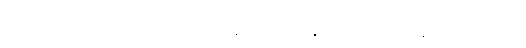
သူတို့၏ ပစ်မှတ်မှာ ကျောင်းထဲမှ အချမ်းသာဆုံး ကျောင်းသား၏ နေအိမ် ဖြစ်သည်။